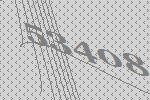
53408